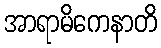
အာရာမိကေနာတိ